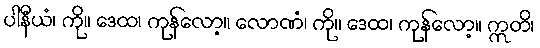
ပါနီယံ၊ ကို။ ဒေထ၊ ကုန်လော့။ လောဏံ၊ ကို။ ဒေထ၊ ကုန်လော့။ ဣတိ၊